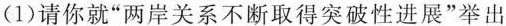
(1)请你就“两岸关系不断取得突破性进展”举出